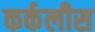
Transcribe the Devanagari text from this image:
कर्कलीस